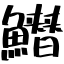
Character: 𩻛